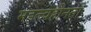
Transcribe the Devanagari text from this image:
महत्त्वहीनता